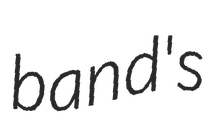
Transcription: band's